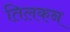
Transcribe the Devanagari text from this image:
तिलकन